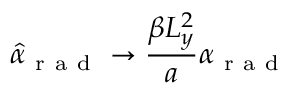
\hat { \alpha } _ { \mathrm { ~ r ~ a ~ d ~ } } \rightarrow \frac { \beta L _ { y } ^ { 2 } } { a } \alpha _ { \mathrm { ~ r ~ a ~ d ~ } }